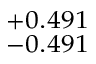
^ { + 0 . 4 9 1 } _ { - 0 . 4 9 1 }